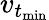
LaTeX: v_{t_{\operatorname*{min}}}